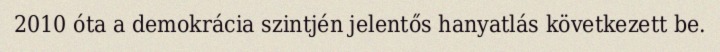
2010 óta a demokrácia szintjén jelentős hanyatlás következett be.